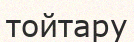
тойтару